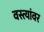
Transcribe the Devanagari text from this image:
वस्त्यांवर